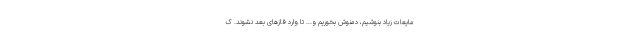
مایعات زیاد بنوشیم، دمنوش بخوریم و... تا وارد فازهای بعد نشوند. ک